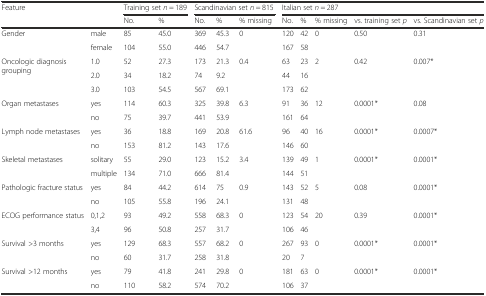
<table><thead><tr><td><b>Feature</b></td><td></td><td colspan="2"><b>Training set <i>n</i> = 189</b></td><td colspan="3"><b>Scandinavian set <i>n</i> = 815</b></td><td colspan="5"><b>Italian set <i>n</i> = 287</b></td></tr><tr><td></td><td></td><td><b>No.</b></td><td><b>%</b></td><td><b>No.</b></td><td><b>%</b></td><td><b>% missing</b></td><td><b>No.</b></td><td><b>%</b></td><td><b>% missing</b></td><td><b>vs. training set <i>p</i></b></td><td><b>vs. Scandinavian set <i>p</i></b></td></tr></thead><tbody><tr><td rowspan="2">Gender</td><td>male</td><td>85</td><td>45.0</td><td>369</td><td>45.3</td><td>0</td><td>120</td><td>42</td><td>0</td><td>0.50</td><td>0.31</td></tr><tr><td>female</td><td>104</td><td>55.0</td><td>446</td><td>54.7</td><td></td><td>167</td><td>58</td><td></td><td></td><td></td></tr><tr><td rowspan="3">Oncologic diagnosis grouping</td><td>1.0</td><td>52</td><td>27.3</td><td>173</td><td>21.3</td><td>0.4</td><td>63</td><td>23</td><td>2</td><td>0.42</td><td>0.007*</td></tr><tr><td>2.0</td><td>34</td><td>18.2</td><td>74</td><td>9.2</td><td></td><td>44</td><td>16</td><td></td><td></td><td></td></tr><tr><td>3.0</td><td>103</td><td>54.5</td><td>567</td><td>69.1</td><td></td><td>173</td><td>62</td><td></td><td></td><td></td></tr><tr><td rowspan="2">Organ metastases</td><td>yes</td><td>114</td><td>60.3</td><td>325</td><td>39.8</td><td>6.3</td><td>91</td><td>36</td><td>12</td><td>0.0001*</td><td>0.08</td></tr><tr><td>no</td><td>75</td><td>39.7</td><td>441</td><td>53.9</td><td></td><td>161</td><td>64</td><td></td><td></td><td></td></tr><tr><td rowspan="2">Lymph node metastases</td><td>yes</td><td>36</td><td>18.8</td><td>169</td><td>20.8</td><td>61.6</td><td>96</td><td>40</td><td>16</td><td>0.0001*</td><td>0.0007*</td></tr><tr><td>no</td><td>153</td><td>81.2</td><td>143</td><td>17.6</td><td></td><td>146</td><td>60</td><td></td><td></td><td></td></tr><tr><td rowspan="2">Skeletal metastases</td><td>solitary</td><td>55</td><td>29.0</td><td>123</td><td>15.2</td><td>3.4</td><td>139</td><td>49</td><td>1</td><td>0.0001*</td><td>0.0001*</td></tr><tr><td>multiple</td><td>134</td><td>71.0</td><td>666</td><td>81.4</td><td></td><td>144</td><td>51</td><td></td><td></td><td></td></tr><tr><td rowspan="2">Pathologic fracture status</td><td>yes</td><td>84</td><td>44.2</td><td>614</td><td>75</td><td>0.9</td><td>143</td><td>52</td><td>5</td><td>0.08</td><td>0.0001*</td></tr><tr><td>no</td><td>105</td><td>55.8</td><td>196</td><td>24.1</td><td></td><td>131</td><td>48</td><td></td><td></td><td></td></tr><tr><td rowspan="2">ECOG performance status</td><td>0,1,2</td><td>93</td><td>49.2</td><td>558</td><td>68.3</td><td>0</td><td>123</td><td>54</td><td>20</td><td>0.39</td><td>0.0001*</td></tr><tr><td>3,4</td><td>96</td><td>50.8</td><td>257</td><td>31.7</td><td></td><td>106</td><td>46</td><td></td><td></td><td></td></tr><tr><td rowspan="2">Survival &gt;3 months</td><td>yes</td><td>129</td><td>68.3</td><td>557</td><td>68.2</td><td>0</td><td>267</td><td>93</td><td>0</td><td>0.0001*</td><td>0.0001*</td></tr><tr><td>no</td><td>60</td><td>31.7</td><td>258</td><td>31.8</td><td></td><td>20</td><td>7</td><td></td><td></td><td></td></tr><tr><td rowspan="2">Survival &gt;12 months</td><td>yes</td><td>79</td><td>41.8</td><td>241</td><td>29.8</td><td>0</td><td>181</td><td>63</td><td>0</td><td>0.0001*</td><td>0.0001*</td></tr><tr><td>no</td><td>110</td><td>58.2</td><td>574</td><td>70.2</td><td></td><td>106</td><td>37</td><td></td><td></td><td></td></tr></tbody></table>